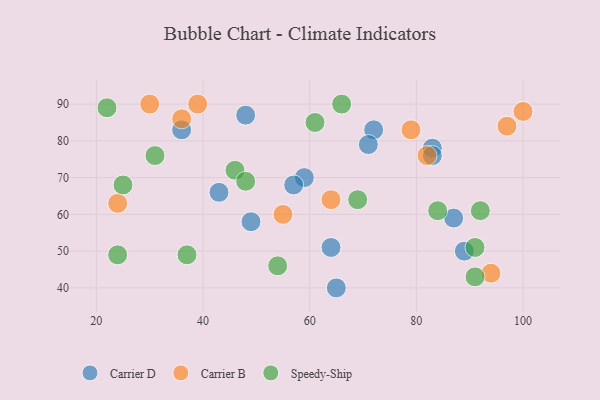
{"axis": {"x": "GDP", "y": "Life Expectancy"}, "legend": ["Carrier B", "Carrier D", "Speedy-Ship"], "data": [{"x": "72", "y": 83, "type": "Carrier D"}, {"x": "59", "y": 70, "type": "Carrier D"}, {"x": "87", "y": 59, "type": "Carrier D"}, {"x": "71", "y": 79, "type": "Carrier D"}, {"x": "36", "y": 83, "type": "Carrier D"}, {"x": "57", "y": 68, "type": "Carrier D"}, {"x": "64", "y": 51, "type": "Carrier D"}, {"x": "43", "y": 66, "type": "Carrier D"}, {"x": "49", "y": 58, "type": "Carrier D"}, {"x": "65", "y": 40, "type": "Carrier D"}, {"x": "83", "y": 78, "type": "Carrier D"}, {"x": "48", "y": 87, "type": "Carrier D"}, {"x": "89", "y": 50, "type": "Carrier D"}, {"x": "83", "y": 76, "type": "Carrier D"}, {"x": "36", "y": 86, "type": "Carrier B"}, {"x": "97", "y": 84, "type": "Carrier B"}, {"x": "30", "y": 90, "type": "Carrier B"}, {"x": "24", "y": 63, "type": "Carrier B"}, {"x": "79", "y": 83, "type": "Carrier B"}, {"x": "100", "y": 88, "type": "Carrier B"}, {"x": "55", "y": 60, "type": "Carrier B"}, {"x": "64", "y": 64, "type": "Carrier B"}, {"x": "39", "y": 90, "type": "Carrier B"}, {"x": "82", "y": 76, "type": "Carrier B"}, {"x": "94", "y": 44, "type": "Carrier B"}, {"x": "92", "y": 61, "type": "Speedy-Ship"}, {"x": "31", "y": 76, "type": "Speedy-Ship"}, {"x": "22", "y": 89, "type": "Speedy-Ship"}, {"x": "25", "y": 68, "type": "Speedy-Ship"}, {"x": "66", "y": 90, "type": "Speedy-Ship"}, {"x": "54", "y": 46, "type": "Speedy-Ship"}, {"x": "91", "y": 43, "type": "Speedy-Ship"}, {"x": "84", "y": 61, "type": "Speedy-Ship"}, {"x": "46", "y": 72, "type": "Speedy-Ship"}, {"x": "24", "y": 49, "type": "Speedy-Ship"}, {"x": "61", "y": 85, "type": "Speedy-Ship"}, {"x": "91", "y": 51, "type": "Speedy-Ship"}, {"x": "69", "y": 64, "type": "Speedy-Ship"}, {"x": "48", "y": 69, "type": "Speedy-Ship"}, {"x": "37", "y": 49, "type": "Speedy-Ship"}]}